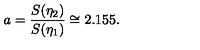
a = \frac { S ( \eta _ { 2 } ) } { S ( \eta _ { 1 } ) } \cong 2 . 1 5 5 .